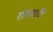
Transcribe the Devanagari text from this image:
रोमधारी